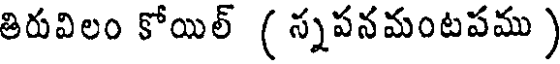
తిరువిలం కోయిల్ ( స్నపనమంటపము )